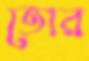
তোর